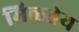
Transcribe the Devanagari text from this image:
मिळतेय